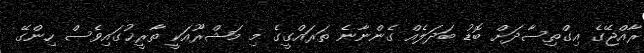
ރާއްޖޭގެ އިގްތިސާދަށް ބޮޑު ބަދަލެއް ގެންނާނެ ތަރައްގީގެ މި މަޝްރޫއަކީ ތާރީޚުގައިވެސް ހިންގޭ